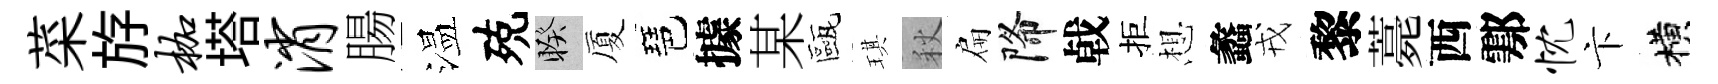
菜斿枷塔消腸温殑睽厦琶據某甌琪秋扁降㦸拒想蠡戎黎薧西鄠忱卞横